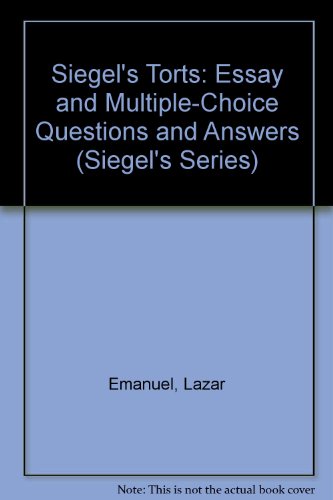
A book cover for Siegel's Torts: Essay and Multiple-Choice Questions and Answers (Siegel's Series); Lazar Emanuel; Law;